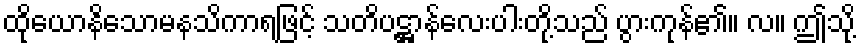
ထိုယောနိသောမနသိကာရဖြင့် သတိပဋ္ဌာန်လေးပါးတို့သည် ပွားကုန်၏။ လ။ ဤသို့